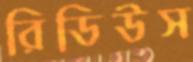
রিডিউস